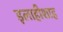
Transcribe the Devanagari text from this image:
इलाहीशाह